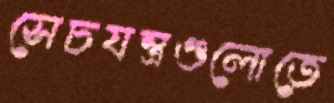
সেচযন্ত্রগুলোতে